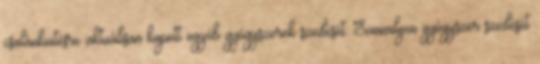
csalánkiütésre aktuálisan kapott egyéb gyógyszerek szedését. Semmilyen gyógyszer szedését